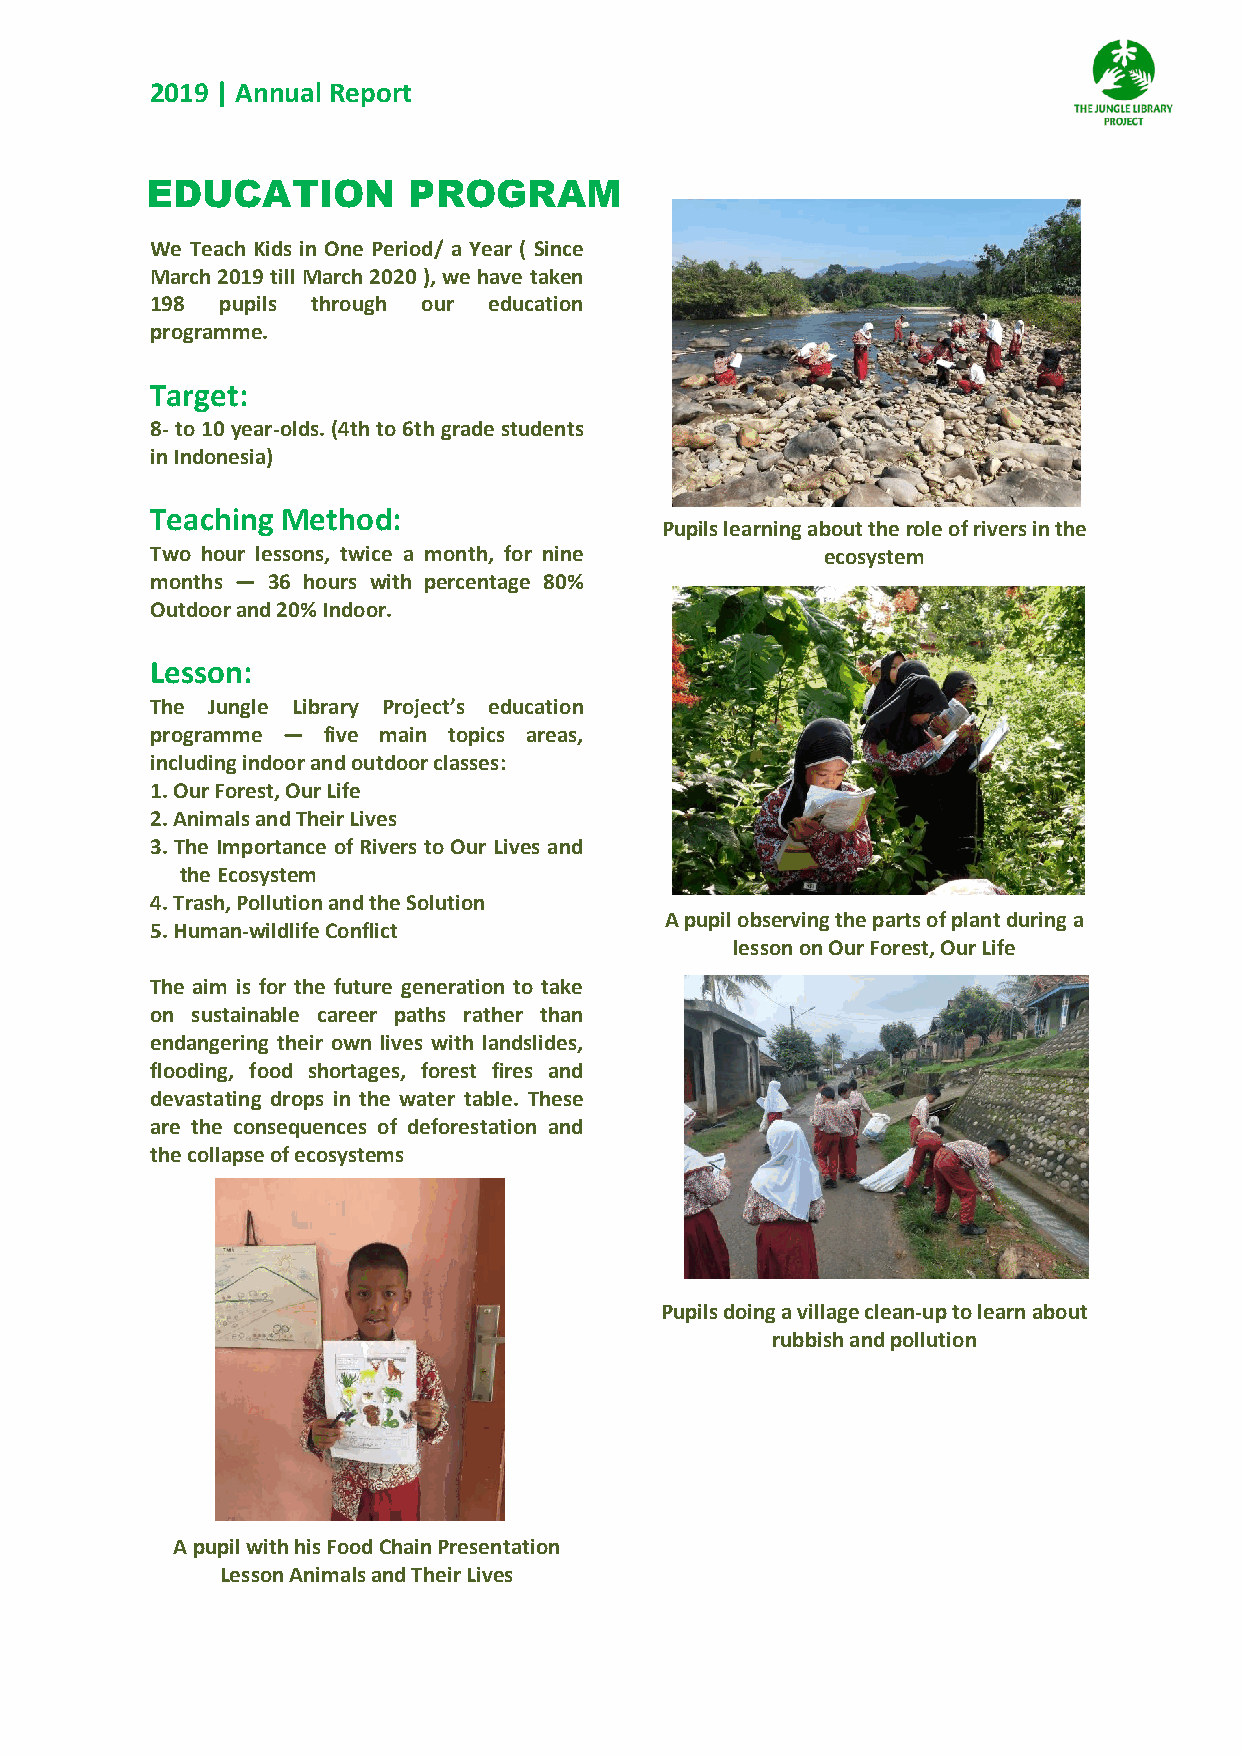
2019 | Annual Report
 E DUCATION       PROGRAM
 We Teach Kids in One Period/ a Year ( Since
 March 2019 till March 2020 ), we have taken
 198  pupils through our education
 programme.
 Target:
 8- to 10 year-olds. (4th to 6th grade students
 in Indonesia)
 Teaching Method:
 Pupils learning about the role of rivers in the
 Two hour lessons, twice a month, for nine    ecosystem
 months — 36 hours with percentage 80%
 Outdoor and 20% Indoor.
 Lesson:
 The Jungle Library Project’s education
 programme — five main topics areas,
 including indoor and outdoor classes:
 1. Our Forest, Our Life
 2. Animals and Their Lives
 3. The Importance of Rivers to Our Lives and
 the Ecosystem
 4. Trash, Pollution and the Solution
 A pupil observing the parts of plant during a
 5. Human-wildlife Conflict
 lesson on Our Forest, Our Life
 The aim is for the future generation to take
 on sustainable career paths rather than
 endangering their own lives with landslides,
 flooding, food shortages, forest fires and
 devastating drops in the water table. These
 are the consequences of deforestation and
 the collapse of ecosystems
 Pupils doing a village clean-up to learn about
 rubbish and pollution
 A pupil with his Food Chain Presentation
 Lesson Animals and Their Lives